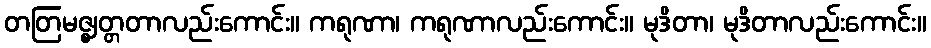
တတြမဇ္ဈတ္တတာလည်းကောင်း။ ကရုဏာ၊ ကရုဏာလည်းကောင်း။ မုဒိတာ၊ မုဒိတာလည်းကောင်း။